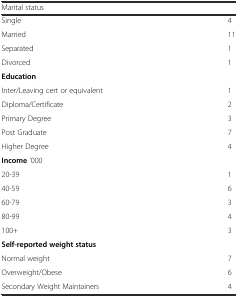
<table><thead><tr><td><b>Marital status</b></td><td></td></tr></thead><tbody><tr><td>Single</td><td>4</td></tr><tr><td>Married</td><td>11</td></tr><tr><td>Separated</td><td>1</td></tr><tr><td>Divorced</td><td>1</td></tr><tr><td><b>Education</b></td><td></td></tr><tr><td>Inter/Leaving cert or equivalent</td><td>1</td></tr><tr><td>Diploma/Certificate</td><td>2</td></tr><tr><td>Primary Degree</td><td>3</td></tr><tr><td>Post Graduate</td><td>7</td></tr><tr><td>Higher Degree</td><td>4</td></tr><tr><td><b>Income</b> &#x27;000</td><td></td></tr><tr><td>20-39</td><td>1</td></tr><tr><td>40-59</td><td>6</td></tr><tr><td>60-79</td><td>3</td></tr><tr><td>80-99</td><td>4</td></tr><tr><td>100+</td><td>3</td></tr><tr><td><b>Self-reported weight status</b></td><td></td></tr><tr><td>Normal weight</td><td>7</td></tr><tr><td>Overweight/Obese</td><td>6</td></tr><tr><td>Secondary Weight Maintainers</td><td>4</td></tr></tbody></table>